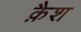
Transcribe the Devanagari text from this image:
क़ैश